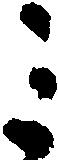
ミ